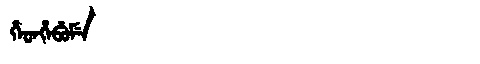
Manchu: ᡥᡝᡨᡥᡝᠪᡠᠮᡝ
Romanization: HETHEBUME